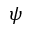
\psi